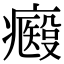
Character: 𤻢